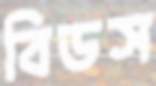
বিডস